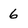
Character: 6